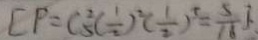
[ P = C _ { 5 } ^ { 2 } ( \frac { 1 } { 2 } ) ^ { 2 } ( \frac { 1 } { 2 } ) ^ { 5 } = \frac { 5 } { 1 6 } ] .